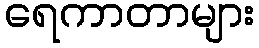
ရေကာတာများ